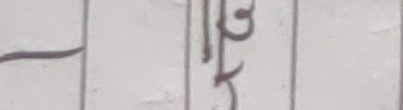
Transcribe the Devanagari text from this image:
लिइ